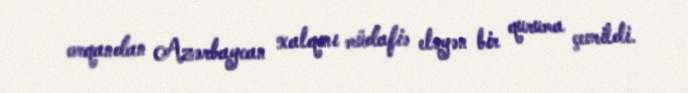
orqandan Azərbaycan xalqını müdafiə eləyən bir quruma çevrildi.